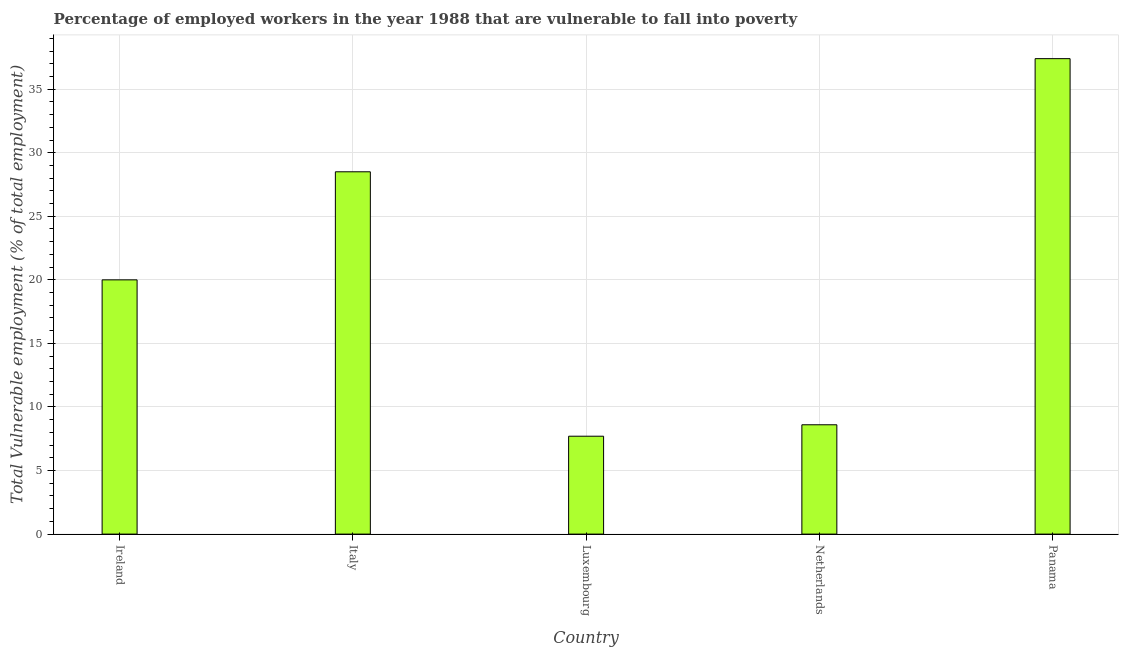
| Country | Vulnerable employment |
 | --- | --- |
 | Ireland | 20 |
 | Italy | 28.5 |
 | Luxembourg | 7.7 |
 | Netherlands | 8.6 |
 | Panama | 37.4 |